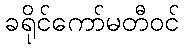
ခရိုင်ကော်မတီဝင်